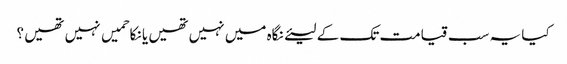
کیا یہ سب قیامت تک کے لیئے نگاہ میں نہیں تھیں یا نکاحمیں نہیں تھیں ؟